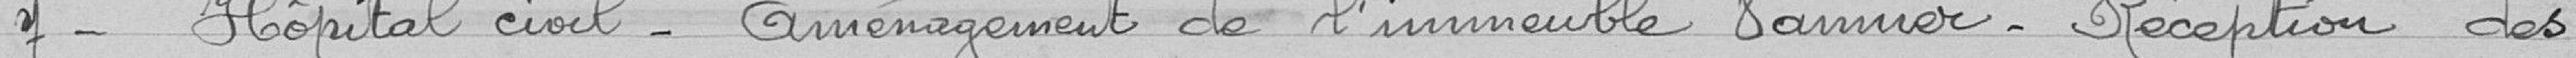
7- Hôpital civil - aménagement de l'immeuble Vannier - réception des